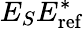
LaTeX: E_{S}E_{\mathrm{ref}}^{*}